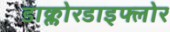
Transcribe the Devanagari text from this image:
डाक्लोरडाइफ्लोर